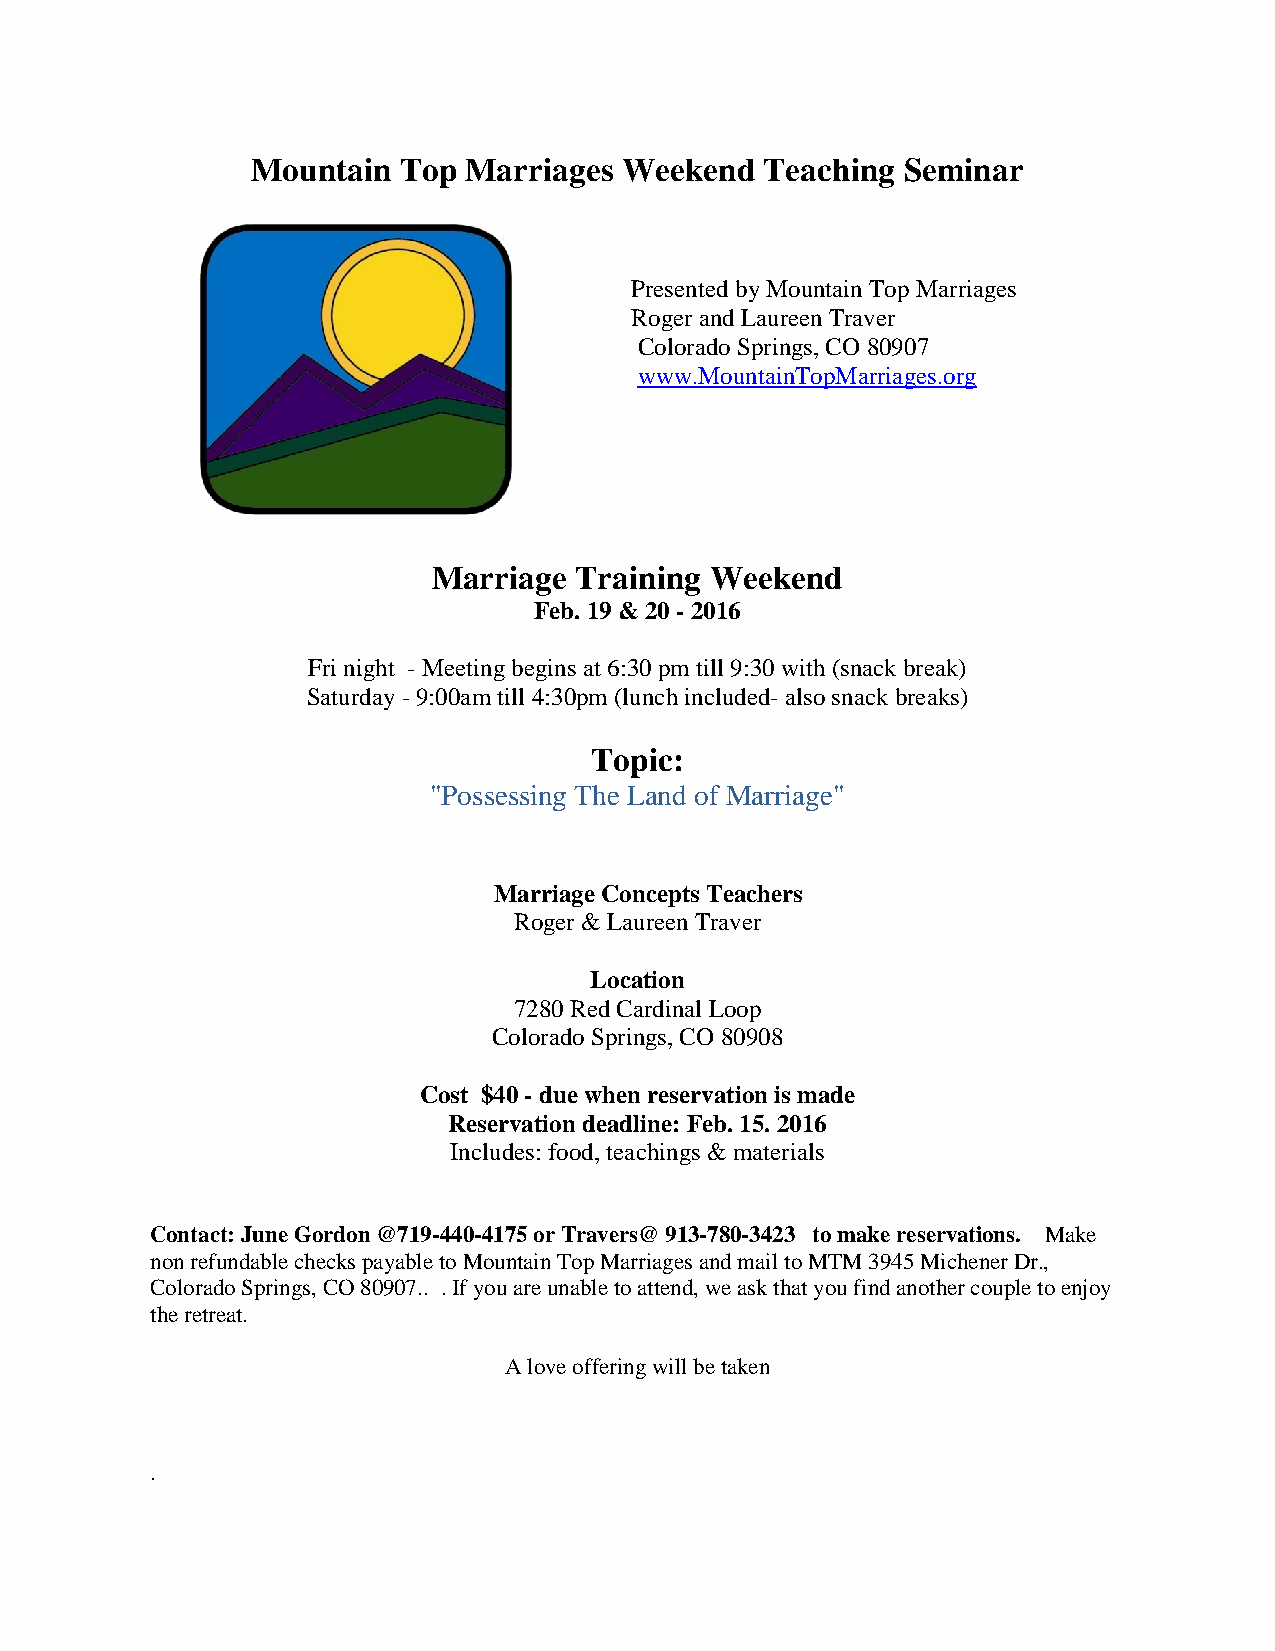
Mountain Top  Marriages Weekend   Teaching Seminar
 Presented by Mountain Top Marriages
 Roger and Laureen Traver
 Colorado Springs, CO 80907
 www.MountainTopMarriages.org
 Marriage Training Weekend
 Feb. 19 & 20 - 2016
 Fri night - Meeting begins at 6:30 pm till 9:30 with (snack break)
 Saturday - 9:00am till 4:30pm (lunch included- also snack breaks)
 Topic:
 "Possessing The Land of Marriage"
 Marriage Concepts Teachers
 Roger & Laureen Traver
 Location
 7280 Red Cardinal Loop
 Colorado Springs, CO 80908
 Cost $40 - due when reservation is made
 Reservation deadline: Feb. 15. 2016
 Includes: food, teachings & materials
 Contact: June Gordon @719-440-4175 or Travers@ 913-780-3423 to make reservations. Make
 non refundable checks payable to Mountain Top Marriages and mail to MTM 3945 Michener Dr.,
 Colorado Springs, CO 80907.. . If you are unable to attend, we ask that you find another couple to enjoy
 the retreat.
 A love offering will be taken
 .